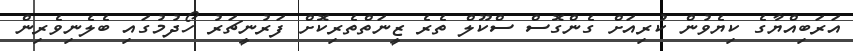
އަރަބިއްޔާގެ ކިޔެވުން ކުރިއަށް ގެންގޮސް ސްކޫލް ތެރެ ޒީނަތްތެރިކޮށް ފަރުނީޗަރު ހޯދުމުގައި ބެލެނިވެރިން